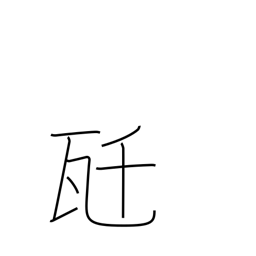
Meaning: kilogram